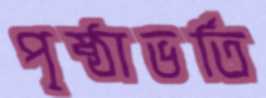
পৃষ্ঠাভর্তি